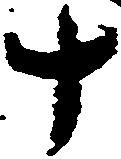
十